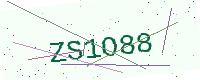
Text: ZS1O88